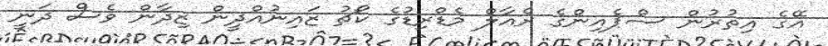
އޭގެ އިތުރުން ސްޕެއިންގެ ރެއާލް މެޑްރިޑުގެ ކޯޗު ޒައިނުއްދީން ޒިދާން ވެސް ދަނީ